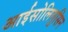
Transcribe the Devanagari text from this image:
आईसोलियूसिन